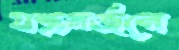
যন্ত্রগর্জনে